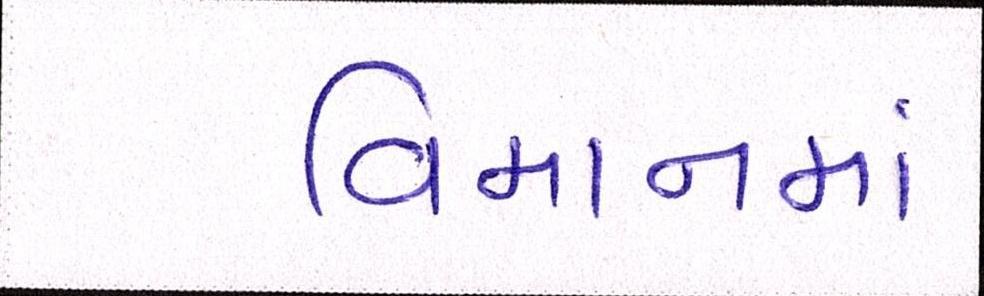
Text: વિમાનમાં